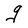
Character: q